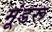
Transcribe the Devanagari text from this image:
मूंडरू